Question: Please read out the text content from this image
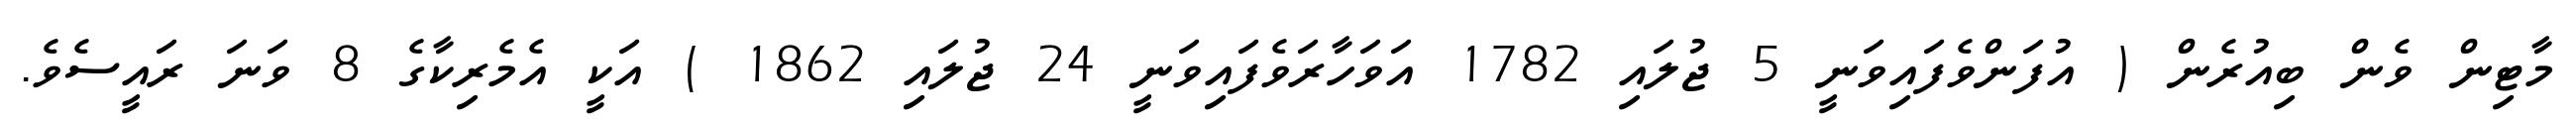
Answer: މާޓިން ވެން ބިއުރެން ( އުފަންވެފައިވަނީ 5 ޖުލައި 1782 އަވަހާރަވެފައިވަނީ 24 ޖުލައި 1862 ) އަކީ އެމެރިކާގެ 8 ވަނަ ރައީސެވެ.